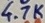
Text: 4.7K